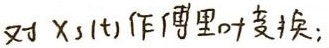
对 \( X_s(t) \) 作傅里叶变换；